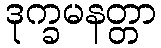
ဒုက္ခမနတ္တာ